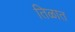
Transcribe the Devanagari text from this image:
तिळात